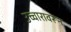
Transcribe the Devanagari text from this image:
उच्चारावरून